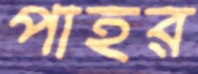
পাহর